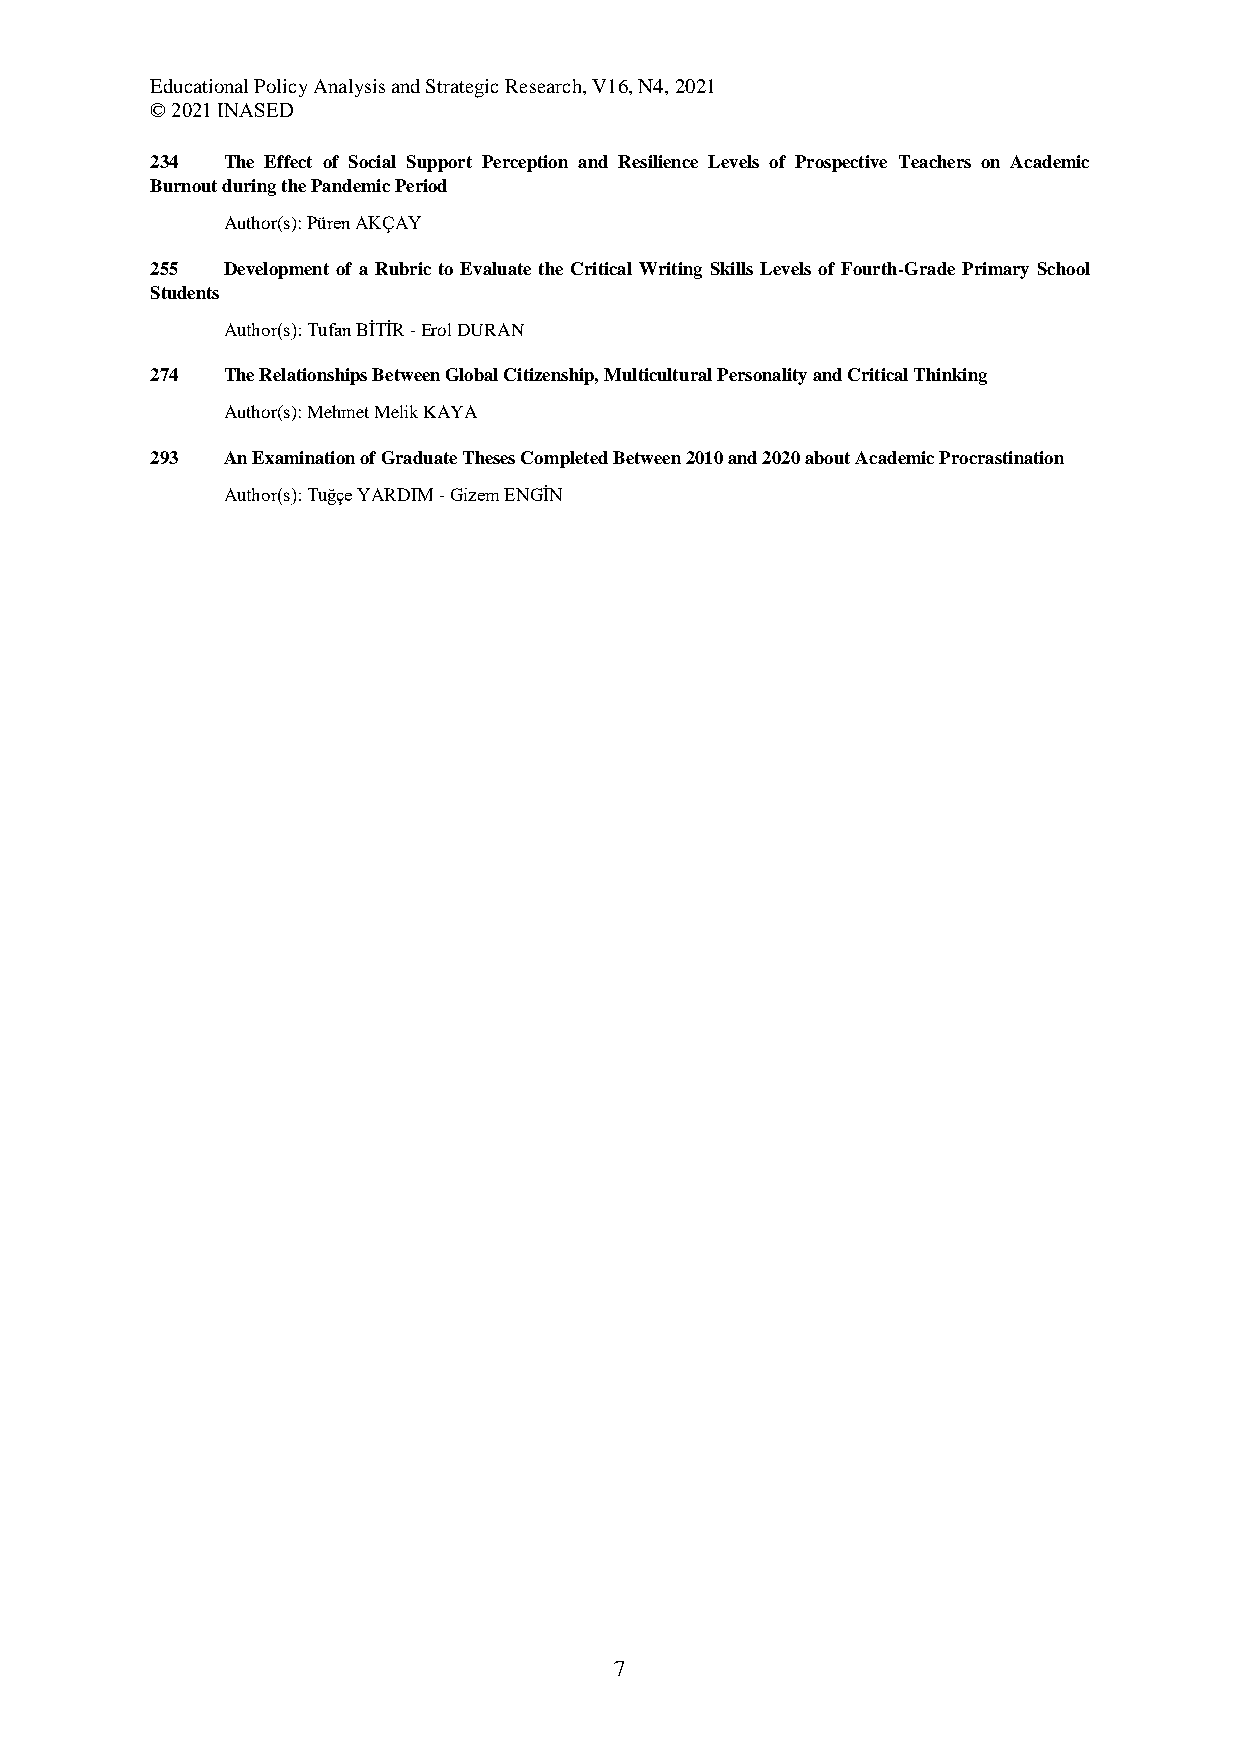
Educational Policy Analysis and Strategic Research, V16, N4, 2021
 © 2021 INASED
 234  The Effect of Social Support Perception and Resilience Levels of Prospective Teachers on Academic
 Burnout during the Pandemic Period
 Author(s): Püren AKÇAY
 255  Development of a Rubric to Evaluate the Critical Writing Skills Levels of Fourth-Grade Primary School
 Students
 Author(s): Tufan BİTİR - Erol DURAN
 274  The Relationships Between Global Citizenship, Multicultural Personality and Critical Thinking
 Author(s): Mehmet Melik KAYA
 293  An Examination of Graduate Theses Completed Between 2010 and 2020 about Academic Procrastination
 Author(s): Tuğçe YARDIM - Gizem ENGİN
 7